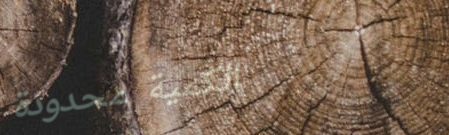
الكمية محدودة